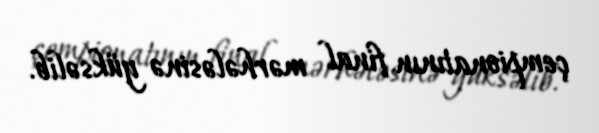
çempionatının final mərhələsinə yüksəlib.